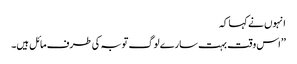
انہوں نے کہا کہ
’’اس وقت بہت سارے لوگ توبہ کی طرف مائل ہیں۔